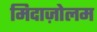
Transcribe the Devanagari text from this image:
मिदाज़ोलम